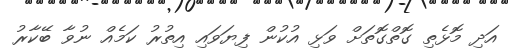
އަދި މޮޅެތި ގޮތްގޮތަށް ވަޅި އުކުން ފިޔަވައި އިތުރު ކަމެއް ނުވާ ބޭކާރު